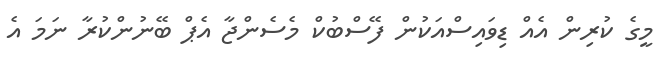
މީގެ ކުރިން އެއް ޑިވައިސްއަކުން ފޭސްބުކް މެސެންޖާ އެޕް ބޭނުންކުރާ ނަމަ އެ